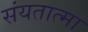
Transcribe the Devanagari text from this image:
संयतात्मा